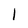
Character: 1